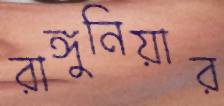
রাঙ্গুনিয়ার